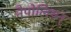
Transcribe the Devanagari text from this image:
नैपोलियन्